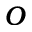
o